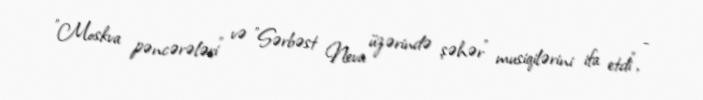
"Moskva pəncərələri" və "Sərbəst Neva üzərində şəhər" musiqilərini ifa etdi", -